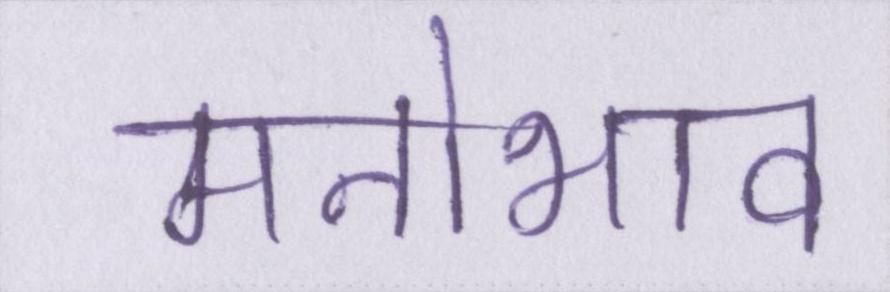
मनोभाव